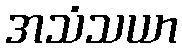
အသံသယာ